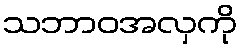
သဘာဝအလှကို